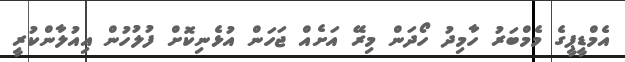
އެމްޑީޕީގެ މެމްބަރު ހާމިދު ހޯދަން މިރޭ އަށެއް ޖަހަން އުޅެނިކޮށް ފުލުހުން އިއުލާންކުރީ